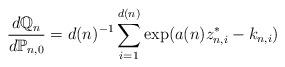
LaTeX: \begin{align*} \frac{d\mathbb{Q}_{n}}{d\mathbb{P}_{n, 0}} = d(n)^{-1} \sum_{i = 1}^{d(n)} \exp(a(n)z^*_{n, i} - k_{n, i})\end{align*}